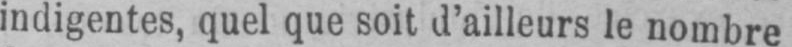
indigentes, quel que soit d’ailleurs le nombre